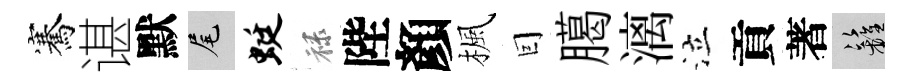
騫谌默尾蜓禄陛顏楓囙臈漓泣貢著籬